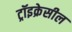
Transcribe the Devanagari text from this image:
ट्रॉइक्रेसील